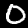
Digit: 0